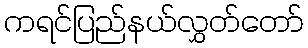
ကရင်ပြည်နယ်လွှတ်တော်